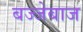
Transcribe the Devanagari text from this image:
बज्जेबाज